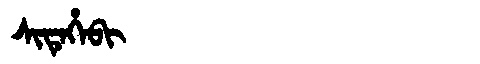
Manchu: ᠰᡳᡨᡝᡥᡝᠪᡳ
Romanization: SITEHEBI